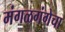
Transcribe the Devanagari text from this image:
मंगळगंगेचा